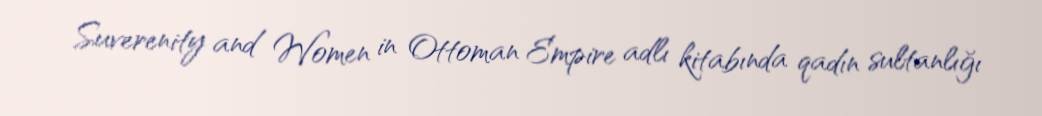
Suverenity and Women in Ottoman Empire adlı kitabında qadın sultanlığı